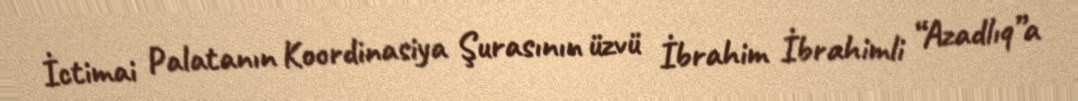
İctimai Palatanın Koordinasiya Şurasının üzvü İbrahim İbrahimli “Azadlıq”a